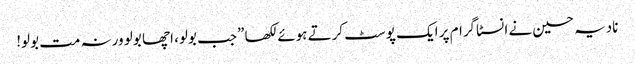
نادیہ حسین نے انسٹاگرام پر ایک پوسٹ کرتے ہوئے لکھا ”جب بولو، اچھا بولو ورنہ مت بولو!